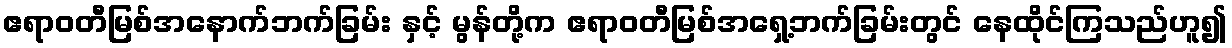
ဧရာဝတီမြစ်အနောက်ဘက်ခြမ်း နှင့် မွန်တို့က ဧရာဝတီမြစ်အရှေ့ဘက်ခြမ်းတွင် နေထိုင်ကြသည်ဟူ၍